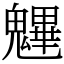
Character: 魓